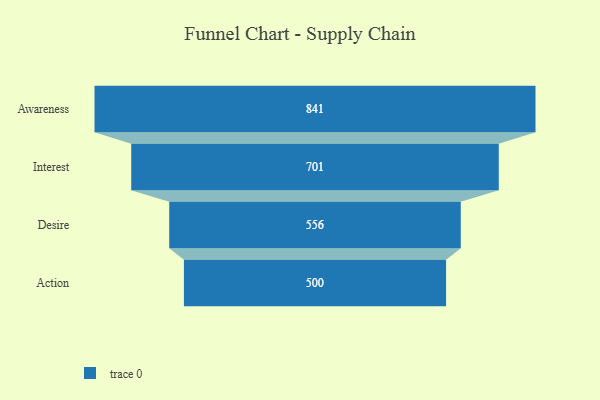
{"axis": {"x": "Stage", "y": "Value"}, "legend": [""], "data": [{"x": "Awareness", "y": 841.0, "type": ""}, {"x": "Interest", "y": 701.0, "type": ""}, {"x": "Desire", "y": 556.0, "type": ""}, {"x": "Action", "y": 500, "type": ""}]}